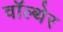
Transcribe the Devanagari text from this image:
वॉल्थेर